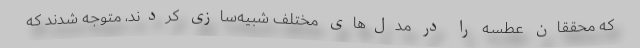
که محققان عطسه را در مدل‌های مختلف شبیه‌سازی کردند، متوجه شدند که